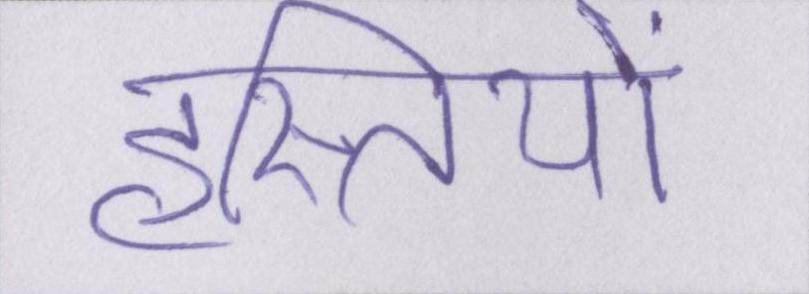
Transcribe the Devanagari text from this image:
हस्तियों